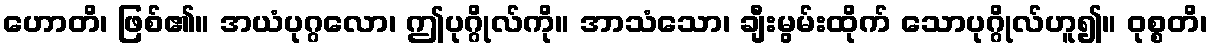
ဟောတိ၊ ဖြစ်၏။ အယံပုဂ္ဂလော၊ ဤပုဂ္ဂိုလ်ကို။ အာသံသော၊ ချီးမွမ်းထိုက် သောပုဂ္ဂိုလ်ဟူ၍။ ဝုစ္စတိ၊